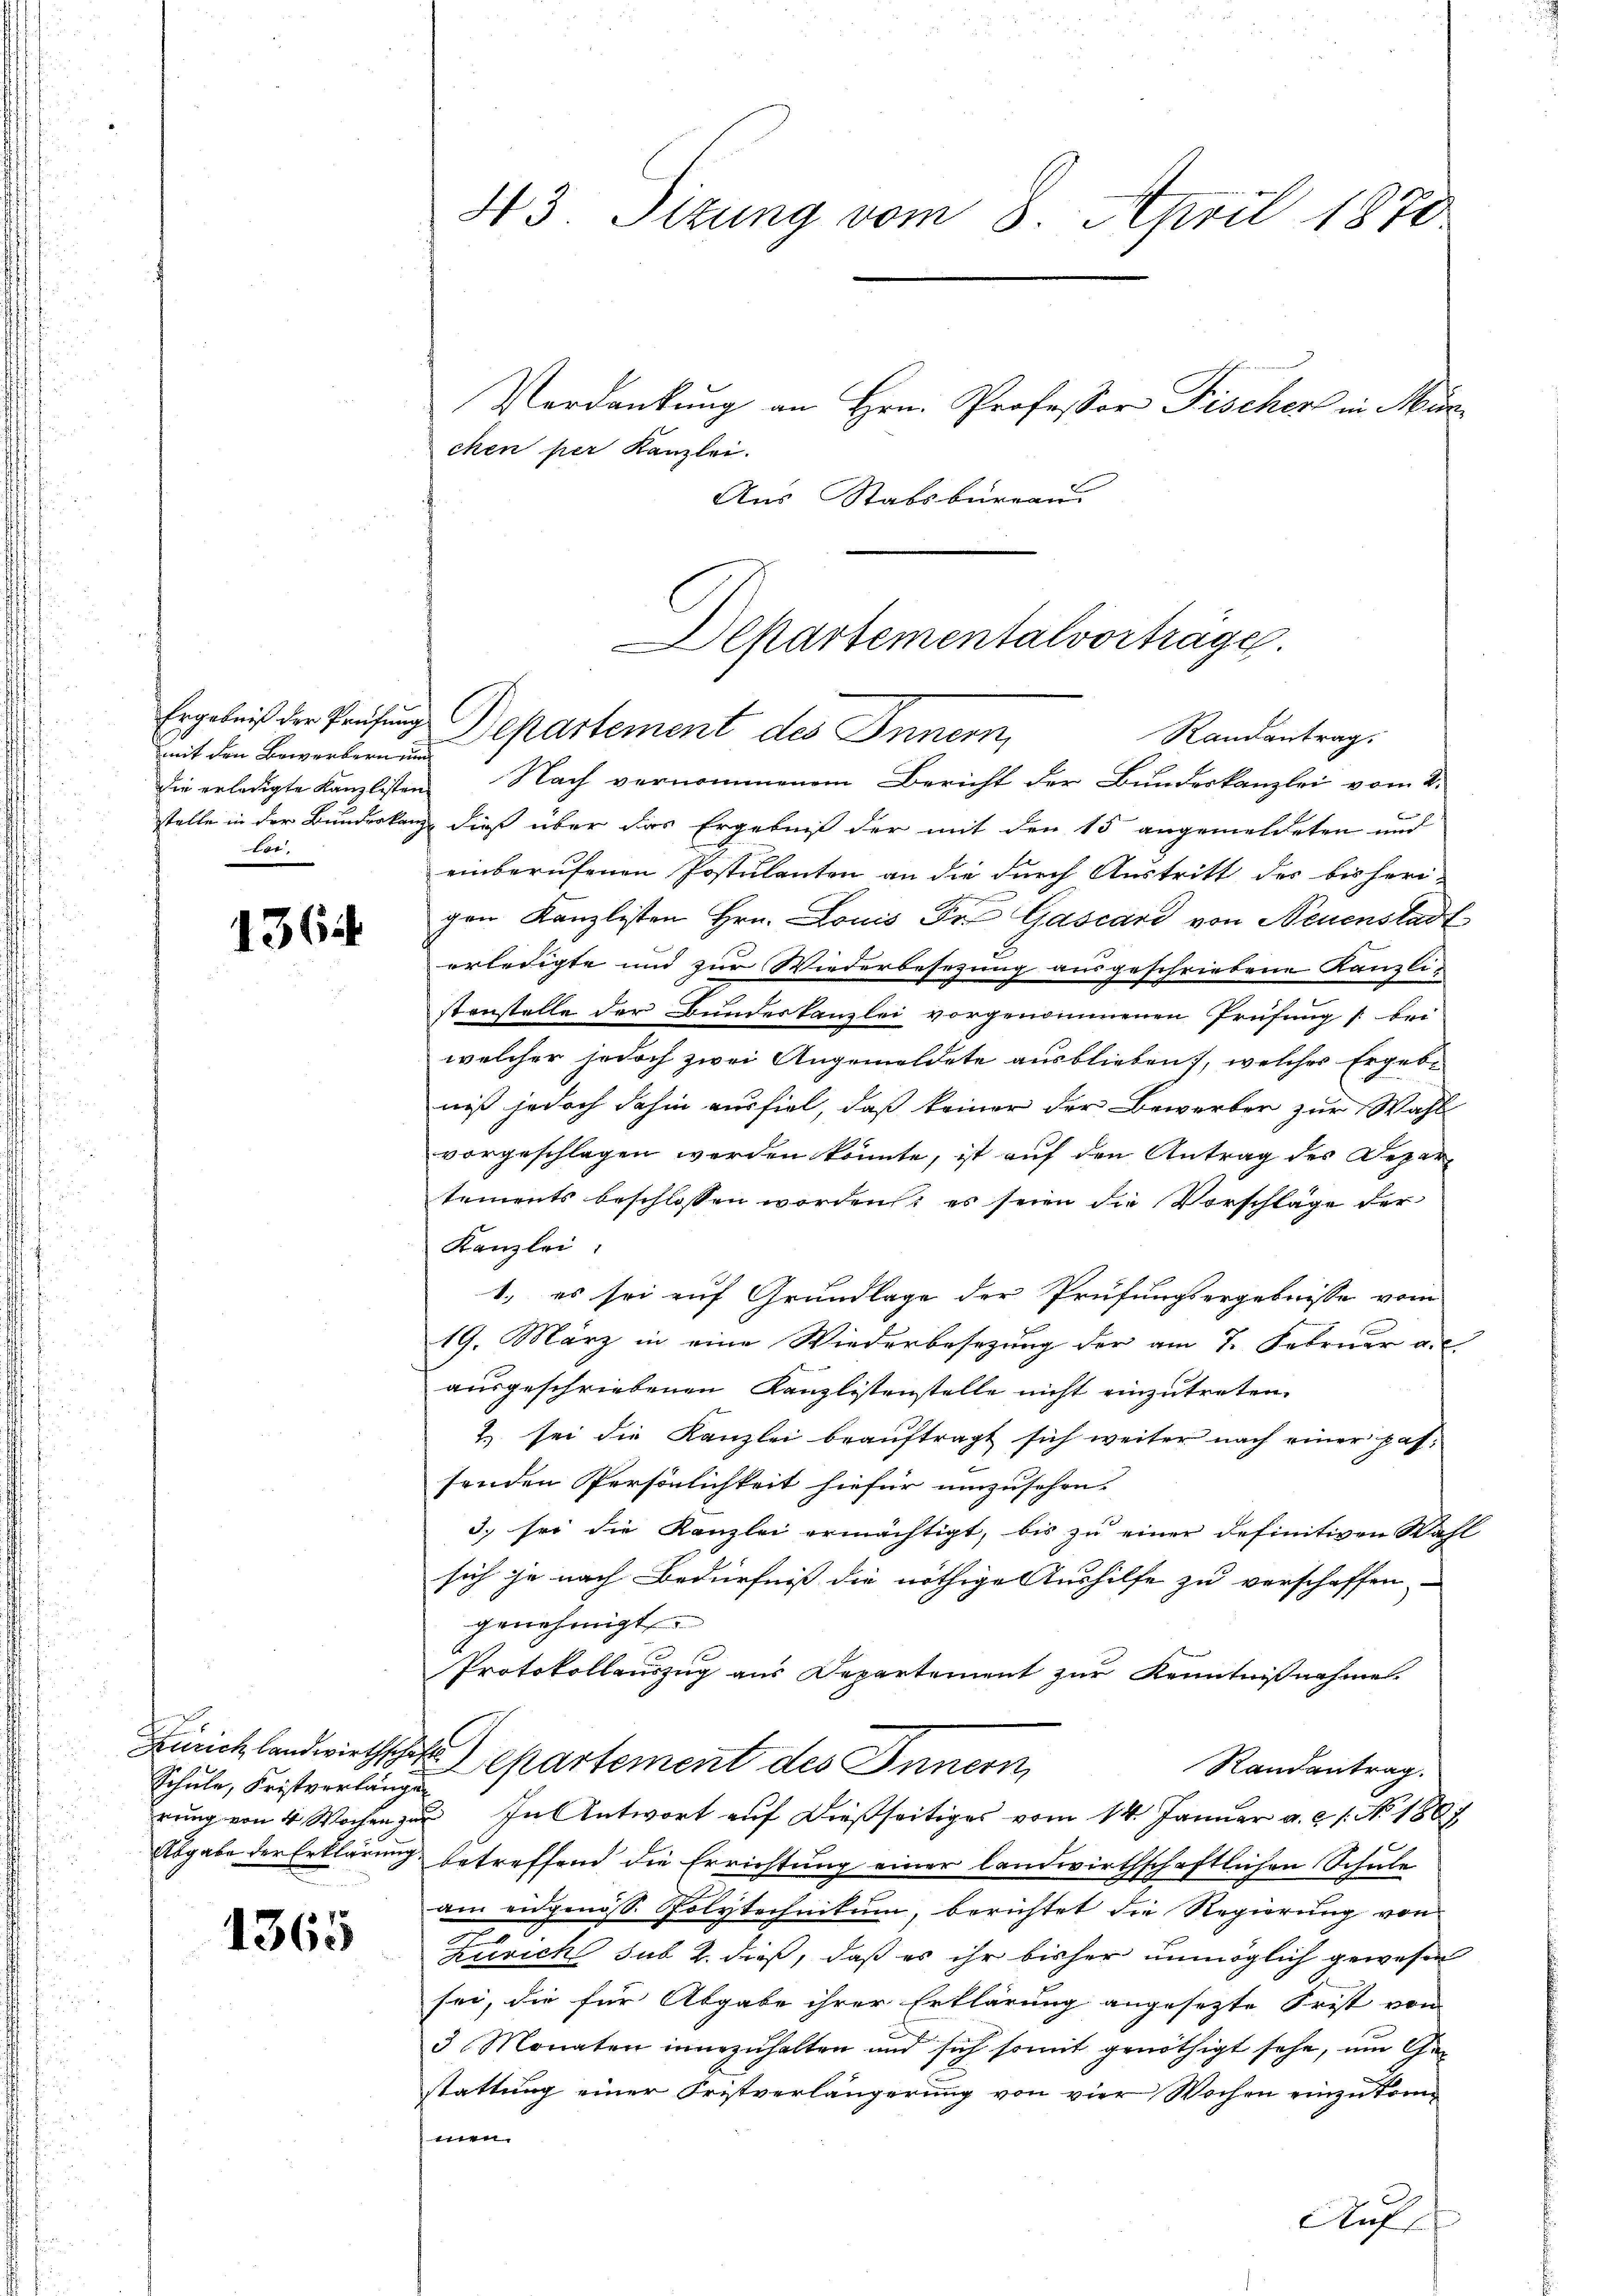
mit den Bewerbern und
die erledigte Kanzlisten
.

1364

t
Schule, Fristverlänge

1365

43. Sizung vom 8. April 1870

Verdankung an Hrn. Professor Tischen in Mur
chen per Kanzlei.
Aus Stabsbureau
Departementalvorträge.

Ergebniß der Prüfung Departement des Innern,
Randantrag.

Nach vernommenem Bericht der Bundeskanzlei vom 2.
stelle in der Bundeskanz dieß über das Ergebniß der mit den 15 angemeldeten und
einberufenen Postulanten an die durch Austritt des bisherr-
gen Kanzlisten Hrn. Louis der Gascard von Neuenstadt
erledigte und zur Wiederbesezung ausgeschriebene Kanzli-
stanstelle der Bundeskanzlei vorgenommenen Prüfung /: bei
welcher jedoch zwei Angemeldete ausblieben, welches Ergeb-
niß jedoch dahin ausfiel, daß keiner der Bewerber zur Wahl
vorgeschlagen werden könnte, ist auf den Antrag des Departements beschlossen worden; es seien die Vorschläge der
Kanzlei
1., es sei auf Grundlage der Prüfungsergebnisse vom
19. März in eine Wiederbesezung der am 7. Februar au
ausgeschriebenen Kanzlistenstelle nicht einzutreten.
2.) sei die Kanzlei beauftragt sich weiter nach einer passenden Persönlichkeit hiefür umzusehen.
3. sei die Kanzlei ermächtigt, bis zu einer definitiven Wahl
sich je nach Bedürfniß die nöthige Aushilfe zu verschaffen-
genehmigt.
Protokollauszug aus Departement zur Kenntnißnahme.
Geuchlandwirthschaft partement des Innern,
Randantrag.
rung von 4 Wochen zur In Antwort auf dießseitiges vom 14. Januar a. c. 1. No. 1807
Abgabe der Erklärung betreffend die Errichtung einer landwirthschaftlichen Schule
am eidgenöss. Polytechnikum, berichtet die Regierung von
n
Zürich sub u. dieß, daß es ihr bisher unmöglich gewesen
sei, die für Abgabe ihrer Erklärung angesezte Frist von
3 Monaten innezuhalten und sich somit genöthigt sehe, um Gen
stattung einer Fristverlängerung von vier Wochen einzukom¬
Wen
Auf